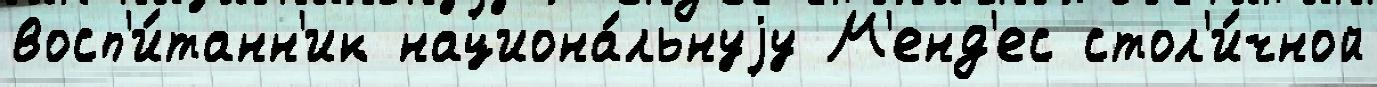
восп'и́танн'ик национа́льнуjу М'енд'ес стол'и́чной